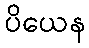
ပိယေန